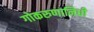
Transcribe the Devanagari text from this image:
गोकरुणानिधी